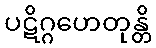
ပဋိဂ္ဂဟေတုန္တိ